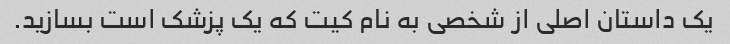
یک داستان اصلی از شخصی به نام کیت که یک پزشک است بسازید.